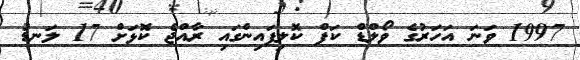
1997 ވަނަ އަހަރުގެ ވޯލްޑް ކަޕް ކޮލިފައިންގައި ރާއްޖެ ކޮޅަށް 17 ލަނޑު